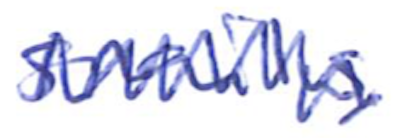
Text: snails,
Cross-out: zig-zag
Writing tool: ballpoint